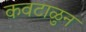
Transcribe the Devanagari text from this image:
कवटाळुन